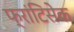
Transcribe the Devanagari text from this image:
फ्रांटिसेक